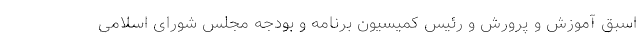
اسبق آموزش و پرورش و رئیس کمیسیون برنامه و بودجه مجلس شورای اسلامی